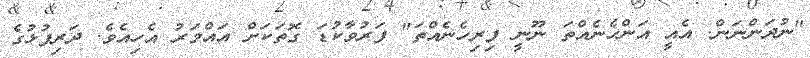
"ނުދަންނަން. އެއީ އަންހެނެއްތަ ނޫނީ ފިރިހެނެއްތަ" ފަރުވާކުޑަ ގޮތަކަށް އައްމަރު އެހިއެވެ. ދަރިފުޅުގެ